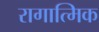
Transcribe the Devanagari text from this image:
रागात्मिक